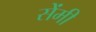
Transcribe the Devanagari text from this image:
सेेंमी